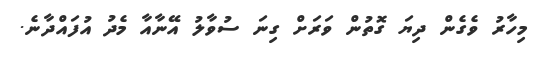
މިހާރު ވެގެން ދިޔަ ގޮތުން ވަރަށް ގިނަ ސުވާލު އޭނާއާ މެދު އުފައްދާނެ.